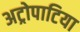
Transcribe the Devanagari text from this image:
अट्रोपाटिया